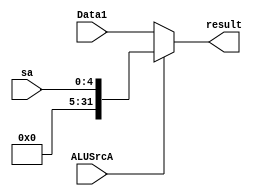
module ALUSrcASelect(
    input [31:0]Data1,
    input [4:0]sa,
    input ALUSrcA,
    output reg[31:0]result
    );
    always@(Data1 or sa or ALUSrcA) begin
        if(ALUSrcA==0)
            result<=Data1;
        else
            result<={16'h000000,2'b000,sa};
    end
endmodule